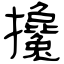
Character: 攙